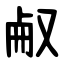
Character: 㕟